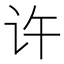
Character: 许